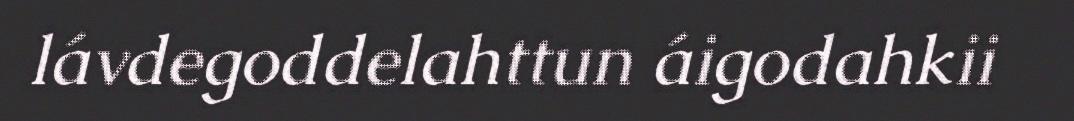
lávdegoddelahttun áigodahkii